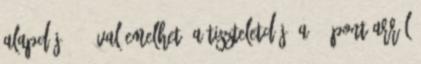
alapdíj 50%-ával emelhető a tiszteletdíj. A 3. pont arról